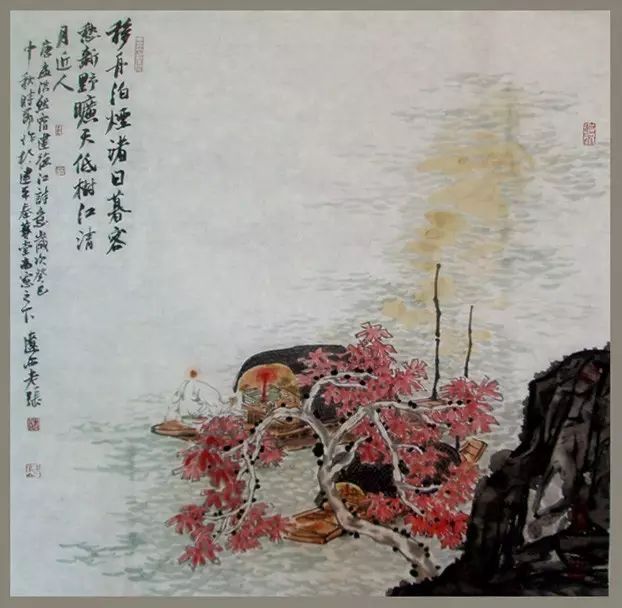
野旷天低树，江清月近人。